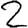
Digit: 2